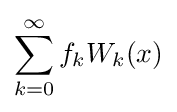
\sum _{k=0}^{\infty }f_{k}W_{k}(x)